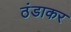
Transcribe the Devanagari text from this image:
ठंडाकर